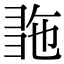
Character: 𢑠